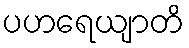
ပဟရေယျာတိ